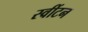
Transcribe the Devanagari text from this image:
स्वींटन